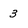
Character: 3